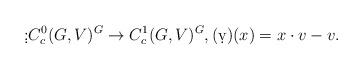
LaTeX: \begin{align*}\d:C^0_c(G,V)^G \to C^1_c(G,V)^G, (\d v)(x) = x\cdot v - v. \end{align*}